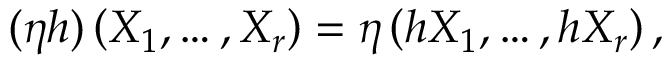
( \eta h ) \left( X _ { 1 } , \dots , X _ { r } \right) = \eta \left( h X _ { 1 } , \dots , h X _ { r } \right) ,